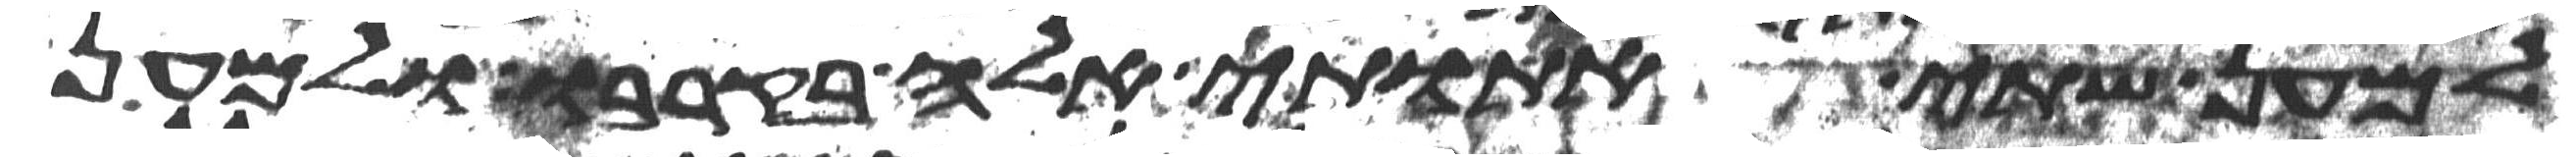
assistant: למען שתי אתותי אלה בקרבו ולמען